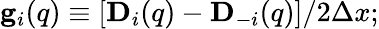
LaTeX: \begin{array}{r}{{\mathbf g}_{i}({q})\equiv[{\mathbf D}_{i}({q})-{\mathbf D}_{-i}({q})]/2\Delta x;}\end{array}